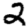
Digit: 2